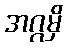
အဂ္ဂမှိ